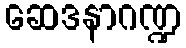
ဆေဒနာဂဏ္ဍ